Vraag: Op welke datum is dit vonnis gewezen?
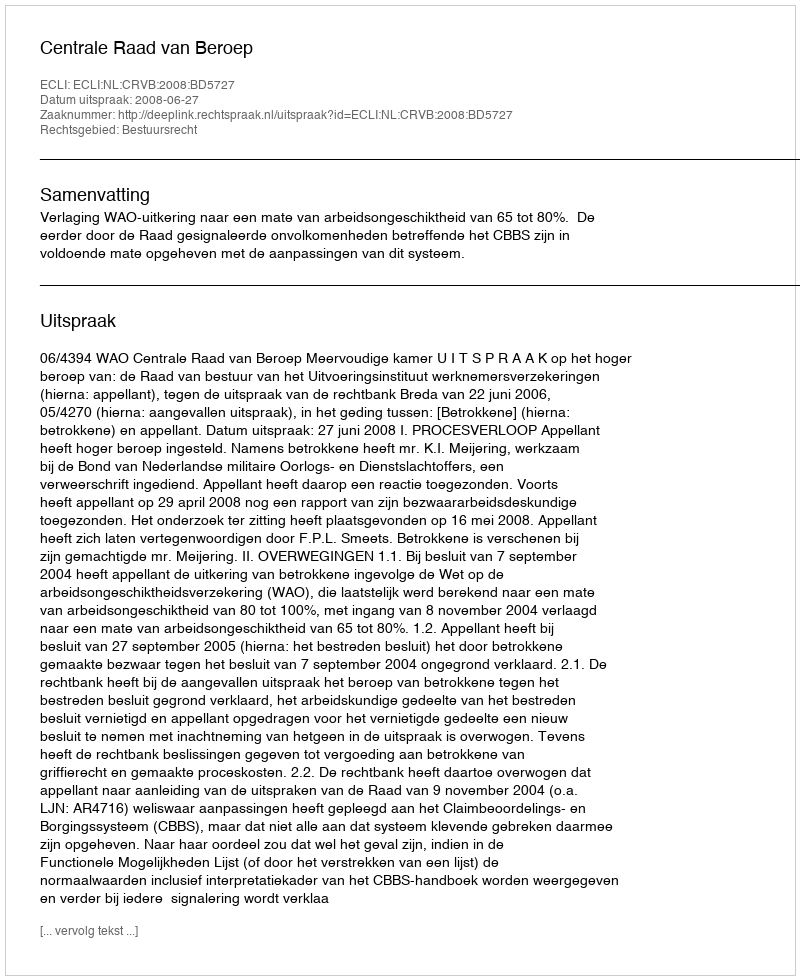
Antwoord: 2008-06-27